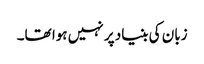
زبان کی بنیاد پر نہیں ہوا تھا۔